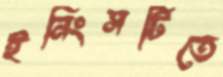
ইনিংসটিতে